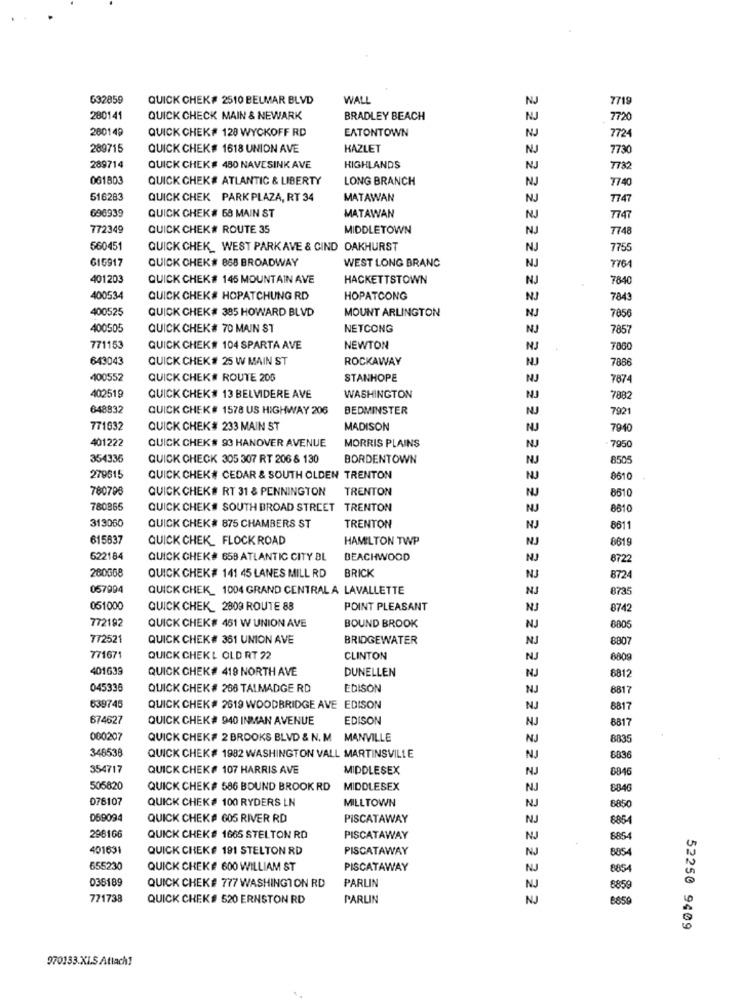
G32859
QUICK CHEK# 2510 BELMAR BLVD
WALL
7719
280141
QUICK CHECK MAIN & NEWARK
BRADLEY BEACH
7720
280149
QUICK CHEK# 128 WYCKOFF RD
EATONTOWN
7724
289715
QUICK CHEK# 1618 UNION AVE
KAZLET
7730
289714
QUICK CHEK# 480 NAVESINK AVE
HIGHLANDS
7782
061803
QUICK CHEK# ATLANTIC & LIBERTY
LONG BRANCH
7740
516283
QUICK CHEK PARK PLAZA, RT 34
MATAWAN
7747
696939
QUICK CHEK# 68 MAIN ST
MATAWAN
7747
772349
QUICK CHEK# ROUTE 35
MIDDLETOWN
7748
560451
QUICK CHEK_ WEST PARK AVE & CIND OAKHURST
NJ
7755
615917
QUICK CHEK# 858 BROADWAY
WEST LONG BRANC
NJ
401203
QUICK CHEK # 145 MOUNTAIN AVE
HACKETTSTOWN
7840
400534
QUICK CHEK# HOPATCHUNG RD
HOPATCONG
NJ
7843
400525
QUICK CHEK# 385 HOWARD BLVD
MOUNT ARLINGTON
NJ
7856
400505
QUICK CHEK# 70 MAIN ST
NETCONG
NJ
7857
771153
QUICK CHEK# 104 SPARTA AVE
NEWTON
NJ
7860
643043
QUICK CHEK # 25 W MAIN ST
ROCKAWAY
NJ
7886
400552
QUICK CHEK# ROUTE 200
STANHOPE
NJ
7874
402519
QUICK CHEK# 13 BELVIDERE AVE
WASHINGTON
NJ
7882
648832
QUICK CHEK # 1578 US HIGHWAY 206
BEDMINSTER
NJ
7921
771032
QUICK CHEK # 233 MAIN ST
MADISON
NJ
7940
401222
QUICK CHEK # 93 HANOVER AVENUE
MORRIS PLAINS
NJ
7950
354336
QUICK CHECK 305 307 RT 206 8 130
BORDENTOWN
NJ
8505
279515
QUICK CHEK# CEDAR & SOUTH OLDEN TRENTON
NJ
8610
780796
QUICK CHEK# RT 31 & PENNINGTON
TRENTON
NJ
5510
780865
QUICK CHEK# SOUTH BROAD STREET TRENTON
8810
313060
QUICK CHEK# 875 CHAMBERS ST
TRENTON
NJ
8611
615637
QUICK CHEK_ FLOCK ROAD
HAMILTON TWP
8619
622184
QUICK CHEK# 658 ATLANTIC CITY BL
BEACHWOOD
NJ
8722
280G68
QUICK CHEK# 141 45 LANES MILL RD
BRICK
NJ
8724
057994
QUICK CHEK_ 1004 GRAND CENTRAL A LAVALLETTE
NJ
8735
051000
QUICK CHEK_ 2809 ROUTE 88
POINT PLEASANT
NJ
8742
772192
QUICK CHEK# 451 W UNION AVE
BOUND BROOK
NJ
6805
772521
QUICK CHEK# 361 UNION AVE
BRIDGEWATER
NJ
8807
771671
QUICK CHEKL OLD RT 22
CLINTON
NJ
6809
401639
QUICK CHEK # 419 NORTH AVE
DUNELLEN
NJ
8812
045336
QUICK CHEK # 268 TALMADGE RD
EDISON
NJ
8817
639745
QUICK CHEK# 2619 WOODBRIDGE AVE EDISON
NJ
8817
674627
QUICK CHEK# 940 INMAN AVENUE
EDISON
NJ
8817
000207
QUICK CHEK# 2 BROOKS BLVD & N. M
MANVILLE
8835
348538
QUICK CHEK# 1982 WASHINGTON VALL MARTINSVILLE
6836
354717
QUICK CHEK# 107 HARRIS AVE
MIDDLESEX
NU
6816
505820
QUICK CHEK# 586 BOUND BROOK RD
MIDDLESEX
8846
D78107
QUICK CHEK# 100 RYDERS LN
MILLTOWN
Be50
D69094
QUICK CHEK# 605 RIVER RD
PISCATAWAY
6864
298166
QUICK CHEK# 1665 STELTON RD
PISCATAWAY
401631
QUICK CHEK# 191 STELTON RD
PISCATAWAY
8854
655230
QUICK CHEKE 600 WILLIAM ST
PISCATAWAY
8854
035189
QUICK CHEK# 777 WASHINGTON RD
PARLIN
6859
771738
QUICK CHEK# 520 ERNSTON RD
PARLIN
8650
52250 9409
970133.XLS Attach!